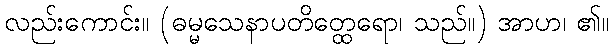
လည်းကောင်း။ (ဓမ္မသေနာပတိတ္ထေရော၊ သည်။) အာဟ၊ ၏။